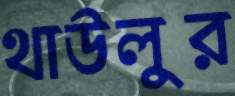
থাউলুর